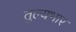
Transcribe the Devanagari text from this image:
तुल्‍यभार